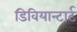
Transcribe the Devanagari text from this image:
डिवियान्टार्ट